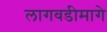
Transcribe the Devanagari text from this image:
लागवडीमागे